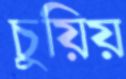
চুয়িয়